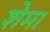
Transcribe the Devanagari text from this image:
शेमा